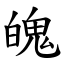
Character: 魄